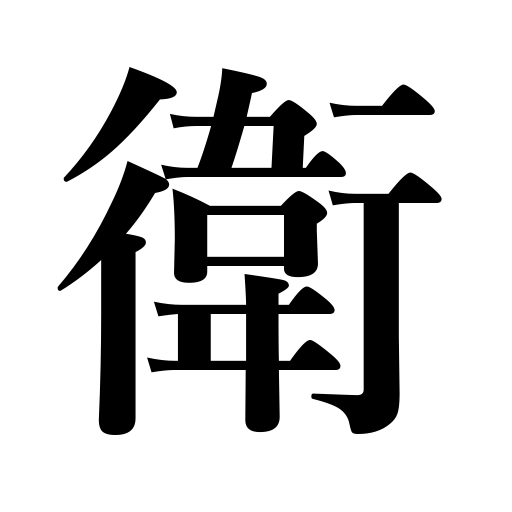
Meanings: protection